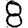
Digit: 8